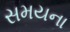
સમયના